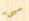
سيىء